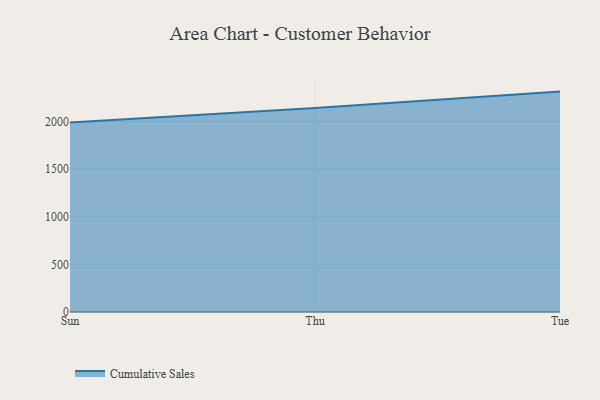
{"axis": {"x": "Day", "y": "Production Output"}, "legend": ["Cumulative Sales"], "data": [{"x": "Sun", "y": 1989.6, "type": "Cumulative Sales"}, {"x": "Thu", "y": 2142.1, "type": "Cumulative Sales"}, {"x": "Tue", "y": 2314.1, "type": "Cumulative Sales"}]}